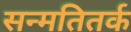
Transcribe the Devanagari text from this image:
सन्मतितर्क